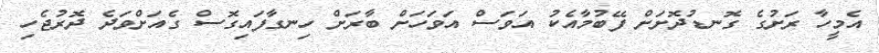
އެމީހާ ރަށުގެ ގޮނޑުދޮށަށް ފޭބުމާއެކު އަވަސް އަވަހަށް ބާރަށް ހިނގާފައިގޮސް ގެއަށްވަދެ ދޮރުޖެހި